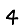
Digit: 4